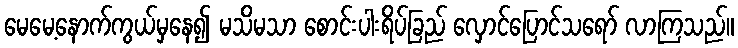
မေမေ့နောက်ကွယ်မှနေ၍ မသိမသာ စောင်းပါးရိပ်ခြည် လှောင်ပြောင်သရော် လာကြသည်။